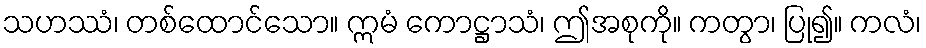
သဟဿံ၊ တစ်ထောင်သော။ ဣမံ ကောဋ္ဌာသံ၊ ဤအစုကို။ ကတွာ၊ ပြု၍။ ကလံ၊